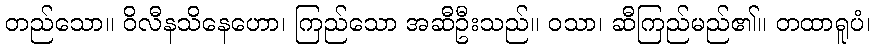
တည်သော။ ဝိလီနသိနေဟော၊ ကြည်သော အဆီဦးသည်။ ဝသာ၊ ဆီကြည်မည်၏။ တထာရူပံ၊